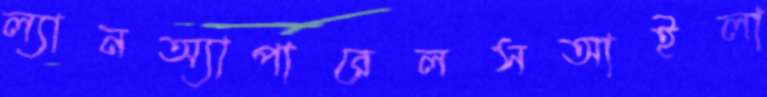
ল্যানঅ্যাপারেলসআইলা